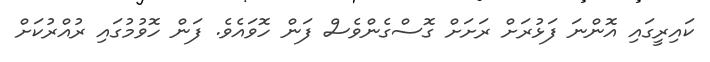
ކައިރީގައި އޮންނަ ފަޅުރަށް ރަށަށް ގޮސްގެންވެސް ފަން ހޮވައެވެ. ފަން ހޮވުމުގައި ރުއްރުކަށް